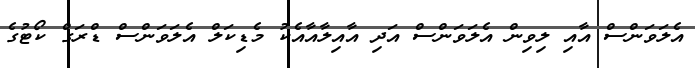
އެލަވަންސް އާއި ލިވިން އެލަވަންސް އަދި އާއިލާއާއެކު މެޑިކަލް އެލަވަންސް ޑްރަގް ކޯޓުގެ